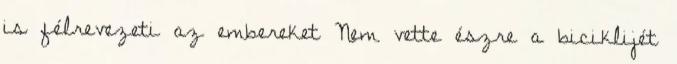
is félrevezeti az embereket Nem vette észre a biciklijét